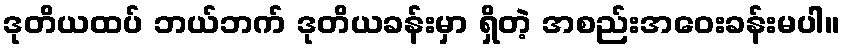
ဒုတိယထပ် ဘယ်ဘက် ဒုတိယခန်းမှာ ရှိတဲ့ အစည်းအဝေးခန်းမပါ။